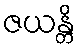
ဇယန္တိ